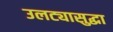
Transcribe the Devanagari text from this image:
उलट्यासुद्धा